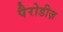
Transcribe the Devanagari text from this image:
पैरोडीज़